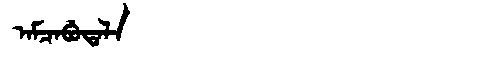
Manchu: ᠠᠮᠴᠠᠪᡠᡨᠠᠯᠠ
Romanization: AMCABUTALA